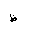
Letter: _za